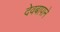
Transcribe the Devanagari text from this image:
देवबापाने